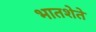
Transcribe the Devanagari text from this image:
भातशेते